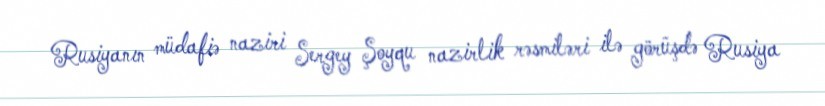
Rusiyanın müdafiə naziri Sergey Şoyqu nazirlik rəsmiləri ilə görüşdə Rusiya